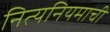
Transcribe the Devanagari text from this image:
नित्यनियमाची